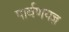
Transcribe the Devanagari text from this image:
पार्वणयज्ञ